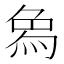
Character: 𤉢